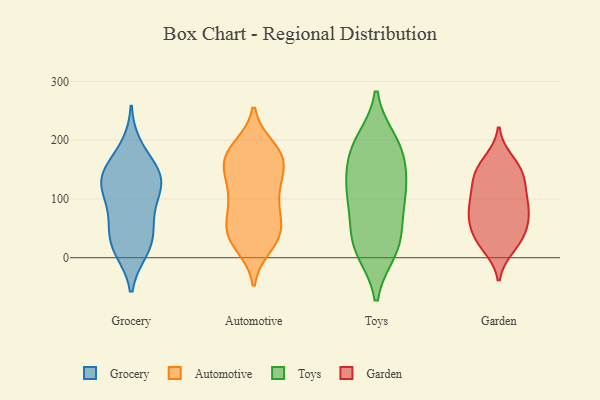
{"axis": {"x": "Customer Acquisition Cost (USD)", "y": "Value"}, "legend": ["Automotive", "Garden", "Grocery", "Toys"], "data": [{"x": "", "y": 73, "type": "Grocery"}, {"x": "", "y": 138, "type": "Grocery"}, {"x": "", "y": 25, "type": "Grocery"}, {"x": "", "y": 118, "type": "Grocery"}, {"x": "", "y": 40, "type": "Grocery"}, {"x": "", "y": 125, "type": "Grocery"}, {"x": "", "y": 17, "type": "Grocery"}, {"x": "", "y": 148, "type": "Grocery"}, {"x": "", "y": 188, "type": "Grocery"}, {"x": "", "y": 134, "type": "Grocery"}, {"x": "", "y": 66, "type": "Grocery"}, {"x": "", "y": 106, "type": "Grocery"}, {"x": "", "y": 13, "type": "Grocery"}, {"x": "", "y": 151, "type": "Grocery"}, {"x": "", "y": 34, "type": "Automotive"}, {"x": "", "y": 176, "type": "Automotive"}, {"x": "", "y": 112, "type": "Automotive"}, {"x": "", "y": 37, "type": "Automotive"}, {"x": "", "y": 180, "type": "Automotive"}, {"x": "", "y": 161, "type": "Automotive"}, {"x": "", "y": 21, "type": "Automotive"}, {"x": "", "y": 139, "type": "Automotive"}, {"x": "", "y": 174, "type": "Automotive"}, {"x": "", "y": 91, "type": "Automotive"}, {"x": "", "y": 37, "type": "Automotive"}, {"x": "", "y": 77, "type": "Automotive"}, {"x": "", "y": 162, "type": "Automotive"}, {"x": "", "y": 47, "type": "Automotive"}, {"x": "", "y": 109, "type": "Automotive"}, {"x": "", "y": 167, "type": "Automotive"}, {"x": "", "y": 39, "type": "Automotive"}, {"x": "", "y": 70, "type": "Automotive"}, {"x": "", "y": 129, "type": "Automotive"}, {"x": "", "y": 187, "type": "Automotive"}, {"x": "", "y": 63, "type": "Toys"}, {"x": "", "y": 198, "type": "Toys"}, {"x": "", "y": 187, "type": "Toys"}, {"x": "", "y": 127, "type": "Toys"}, {"x": "", "y": 38, "type": "Toys"}, {"x": "", "y": 189, "type": "Toys"}, {"x": "", "y": 142, "type": "Toys"}, {"x": "", "y": 176, "type": "Toys"}, {"x": "", "y": 20, "type": "Toys"}, {"x": "", "y": 12, "type": "Toys"}, {"x": "", "y": 98, "type": "Toys"}, {"x": "", "y": 114, "type": "Toys"}, {"x": "", "y": 106, "type": "Toys"}, {"x": "", "y": 15, "type": "Toys"}, {"x": "", "y": 114, "type": "Garden"}, {"x": "", "y": 156, "type": "Garden"}, {"x": "", "y": 52, "type": "Garden"}, {"x": "", "y": 92, "type": "Garden"}, {"x": "", "y": 88, "type": "Garden"}, {"x": "", "y": 156, "type": "Garden"}, {"x": "", "y": 37, "type": "Garden"}, {"x": "", "y": 134, "type": "Garden"}, {"x": "", "y": 74, "type": "Garden"}, {"x": "", "y": 133, "type": "Garden"}, {"x": "", "y": 52, "type": "Garden"}, {"x": "", "y": 19, "type": "Garden"}, {"x": "", "y": 166, "type": "Garden"}, {"x": "", "y": 87, "type": "Garden"}, {"x": "", "y": 112, "type": "Garden"}, {"x": "", "y": 57, "type": "Garden"}, {"x": "", "y": 141, "type": "Garden"}, {"x": "", "y": 17, "type": "Garden"}, {"x": "", "y": 29, "type": "Garden"}, {"x": "", "y": 78, "type": "Garden"}]}